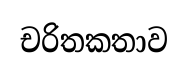
චරිතකතාව